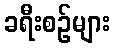
ခရီးစဉ်များ